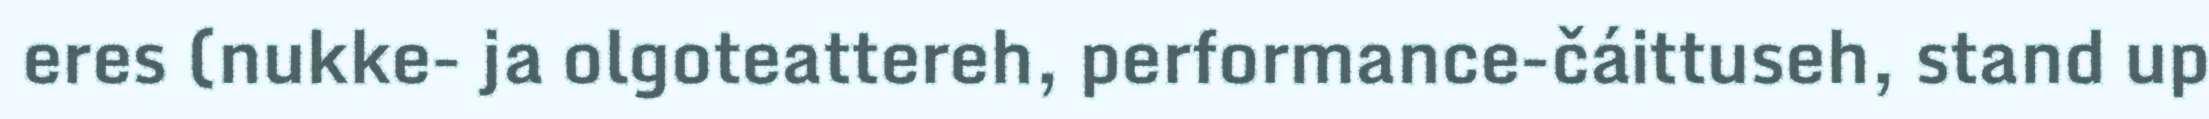
eres (nukke- ja olgoteattereh, performance-čáittuseh, stand up